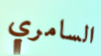
السامري